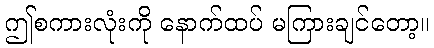
ဤစကားလုံးကို နောက်ထပ် မကြားချင်တော့။